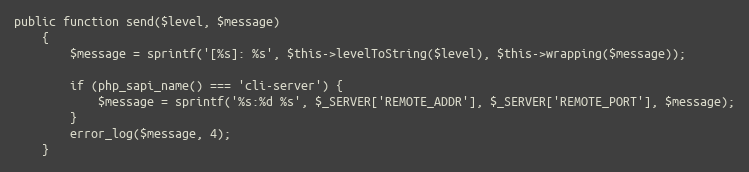
Language: PHP
public function send($level, $message)
    {
        $message = sprintf('[%s]: %s', $this->levelToString($level), $this->wrapping($message));

        if (php_sapi_name() === 'cli-server') {
            $message = sprintf('%s:%d %s', $_SERVER['REMOTE_ADDR'], $_SERVER['REMOTE_PORT'], $message);
        }
        error_log($message, 4);
    }